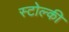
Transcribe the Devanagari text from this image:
स्टोल्की